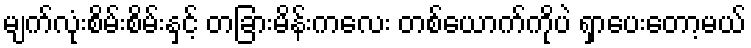
မျက်လုံးစိမ်းစိမ်းနှင့် တခြားမိန်းကလေး တစ်ယောက်ကိုပဲ ရှာပေးတော့မယ်